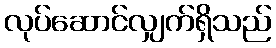
လုပ်ဆောင်လျှက်ရှိသည်